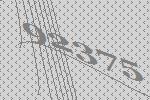
92375